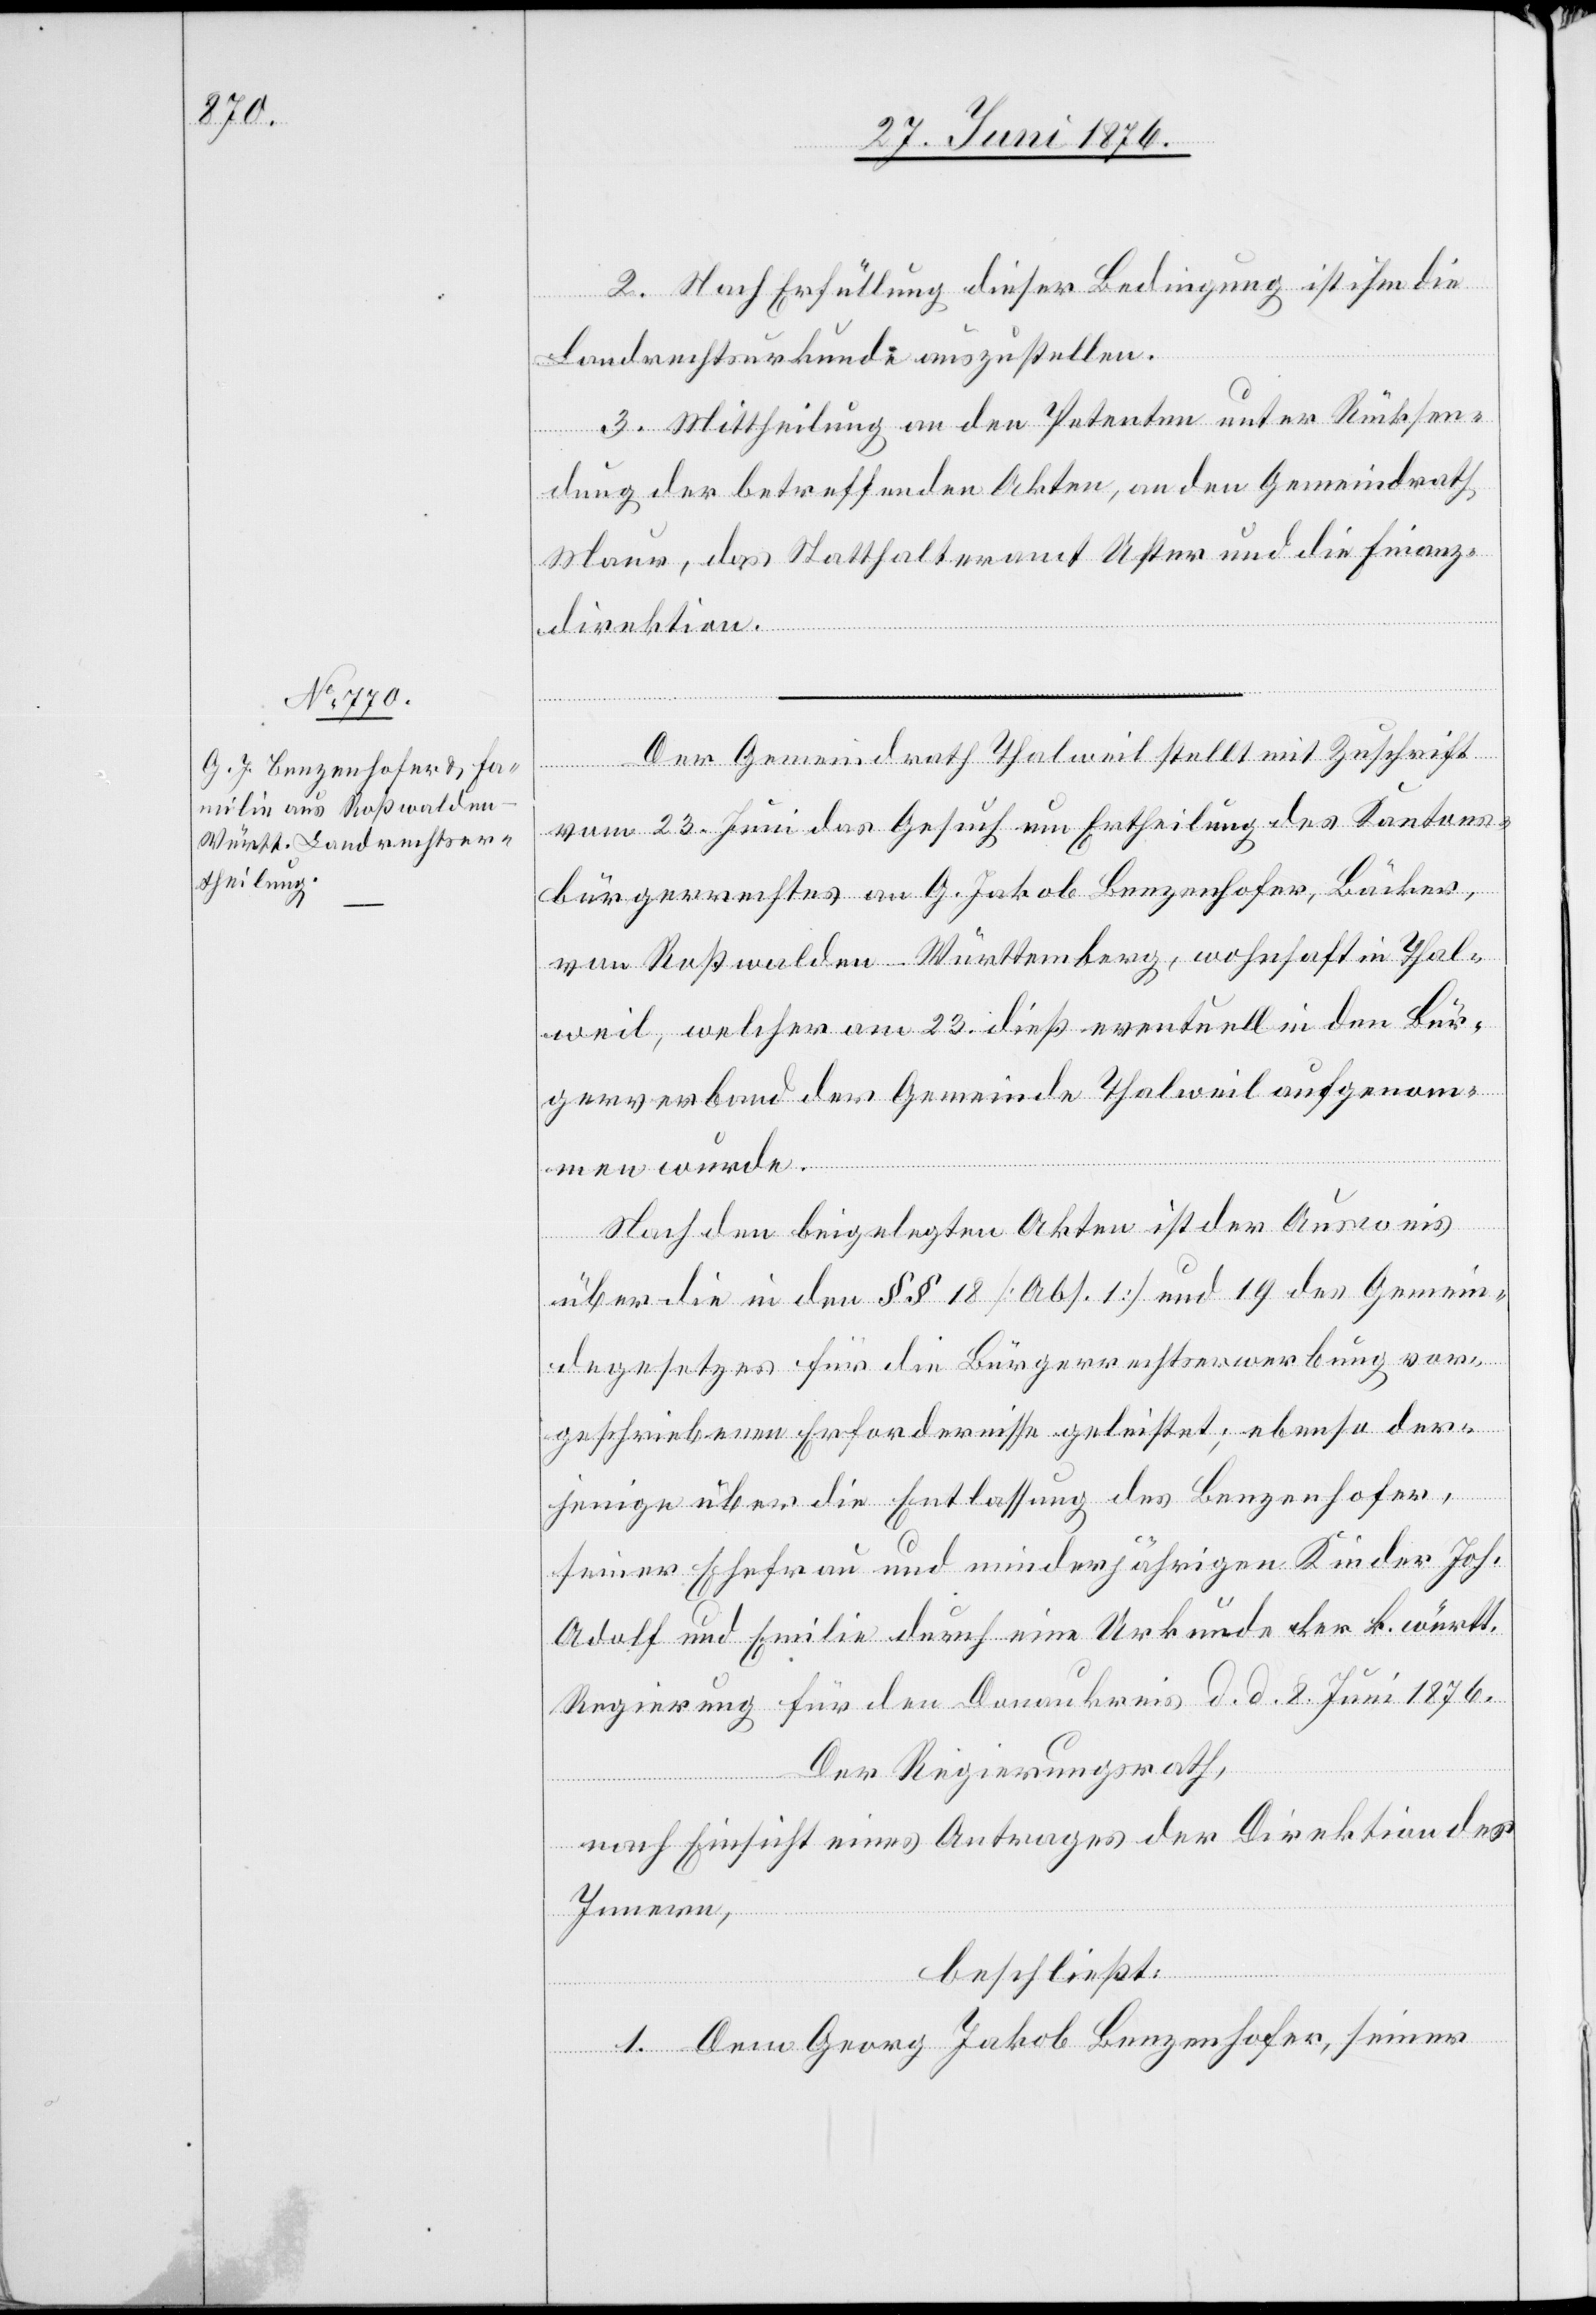
2. Nach Erfüllung dieser Bedingung ist ihm die
Landrechtsurkunde auszustellen.
3. Mittheilung an den Petenten unter Rücksen¬
dung der betreffenden Akten, an den Gemeindrath
Maur, das Statthalteramt Uster und die Finanz¬
direktion.
Der Gemeindrath Thalweil stellt mit Zuschrift
vom 23. Juni das Gesuch um Ertheilung des Kantons¬
bürgerrechtes an G. Jakob Benzenhofer, Bäcker,
von Roßwalden - Württemberg, wohnhaft in Thal¬
weil, welcher am 23. dieß eventuell in den Bür¬
gerverband der Gemeinde Thalweil aufgenom¬
men wurde.
Nach den beigelegten Akten ist der Ausweis
über die in den §§ 18 [Abs. 1] und 19 des Gemein¬
degesetzes für die Bürgerrechtserwerbung vor¬
geschriebenen Erfordernisse geleistet; ebenso der¬
jenige über die Entlassung des Benzenhofer,
seiner Ehefrau und minderjährigen Kinder Joh.
Adolf und Emilie durch eine Urkunde der k. württ.
Regierung für den Donaukreis d. d. 8. Juni 1876.
Der Regierungsrath,
nach Einsicht eines Antrages der Direktion des
Innern,
beschließt:
1. Dem Georg Jakob Benzenhofer, seiner